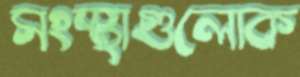
সংস্থাগুলোক